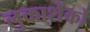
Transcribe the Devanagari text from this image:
लुकाशेंको